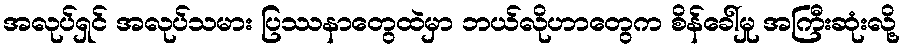
အလုပ်ရှင် အလုပ်သမား ပြဿနာတွေထဲမှာ ဘယ်လိုဟာတွေက စိန်ခေါ်မှု အကြီးဆုံးလို့